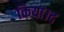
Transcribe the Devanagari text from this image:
किया।द